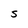
Character: S